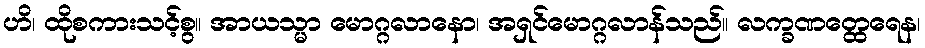
ဟိ၊ ထိုစကားသင့်စွ။ အာယသ္မာ မောဂ္ဂလာနော၊ အရှင်မောဂ္ဂလာန်သည်။ လက္ခဏတ္ထေရေန၊